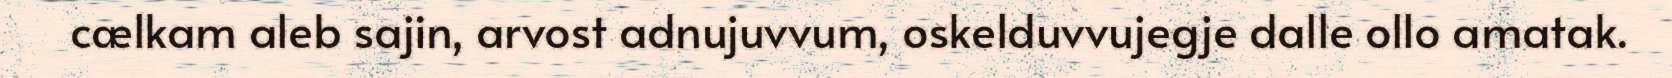
cælkam aleb sajin, arvost adnujuvvum, oskelduvvujegje dalle ollo amatak.